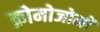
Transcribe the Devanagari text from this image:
क्रोमोजोमों